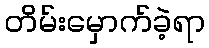
တိမ်းမှောက်ခဲ့ရာ